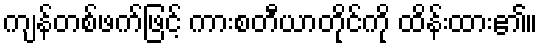
ကျန်တစ်ဖက်ဖြင့် ကားစတီယာတိုင်ကို ထိန်းထား၏။